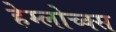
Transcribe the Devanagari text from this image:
हेम्लोच्क्स